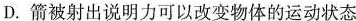
D. 箭被射出说明力可以改变物体的运动状态